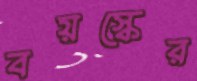
বয়স্কের